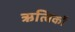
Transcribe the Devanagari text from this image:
ऋत्विकों